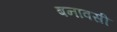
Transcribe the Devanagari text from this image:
बनावसी